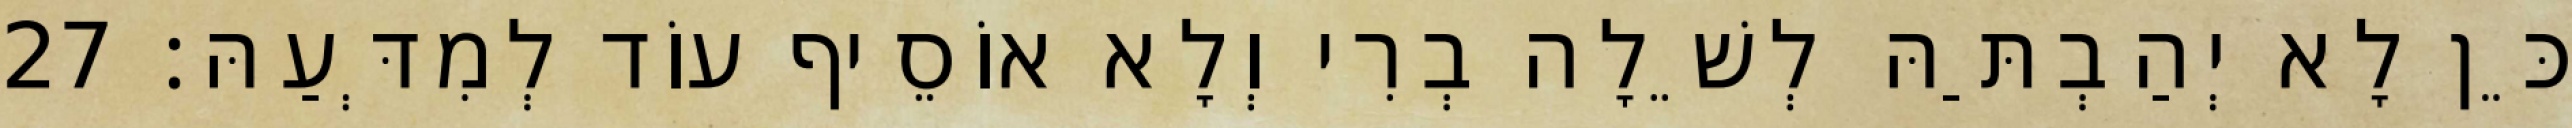
כֵּן לָא יְהַבְתַּהּ לְשֵׁלָה בְרִי וְלָא אוֹסֵיף עוֹד לְמִדְּעַהּ׃ 27